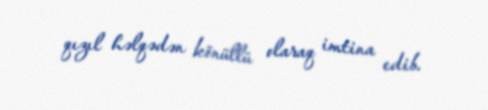
qızıl həlqədən könüllü olaraq imtina edib.